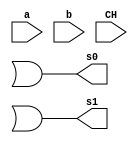
// ------------------------- 
// Exemplo0033 - F4 
// Nome: Oswaldo Oliveira Paulino
// ------------------------- 

// ------------------------- 
// f4_gate 
// ------------------------- 

module Q03 (output s0, output s1, input a, input b, input CH);
	wire ANDab, NANDab, ORab, NORab, n0, n1, AND01, AND02, AND03, AND04;
	and AAB(ANDab, a, b);
	nand NAAB(NANDab, a, b);
	or OAB(ORab, a, b);
	nor NOAB(NORab, a, b);
	not N0(n0, CH);
	not N1(n1, CH);
	and AND1(AND01, ANDab, n0);
	and AND2(AND02, NANDab, CH);
	and AND3(AND03, ORab, n1);
	and AND4(AND04, NORab, CH);
	or  OR01(s0, AND1, AND2);
	or  OR02(s1, AND3, AND4);
endmodule

module test_f4; 
// ------------------------- definir dados 
	reg 	a, b;
	reg 	ch;
	wire 	s0, s1;
	
	Q03 CIRC03(s0, s1, a, b, ch);
	
initial begin:start
	a = 0;
	b = 0;
	ch = 0;  
end 
// ------------------------- parte principal 
initial begin 
	$display("Exemplo0033 - Oswaldo Oliveira Paulino - 382175"); 
	$display("Test LU's module"); 
	$monitor("%b %b = %b %b", a, b, s0, s1); 
	$display("Valor da chave 0");
		
	#1
	a = 0; b = 0; ch = 0;
	#1
	a = 0; b = 1; ch = 0;
	#1
	a = 1; b = 0; ch = 0;
	#1
	a = 1; b = 1; ch = 0;
	#1
	a = 0; b = 0; ch = 1;
		
	$display("\nValor da chave 1");
	$monitor("%b %b = %b %b", a, b, s0, s1);
	#1
	a = 0; b = 0; ch = 1;
	#1
	a = 0; b = 1; ch = 1;
	#1
	a = 1; b = 0; ch = 1;
	#1
	a = 1; b = 1; ch = 1;
end 

endmodule // test_f4 

// -------------------------- Documentacao complementar
/*

*/